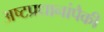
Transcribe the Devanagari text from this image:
अष्टप्रधानांपैकी